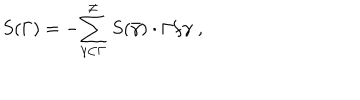
S ( \Gamma ) = - { \sum _ { \gamma \subset \Gamma } ^ { \neq } } \; S ( \bar { \gamma } ) \cdot \Gamma / \gamma \; ,